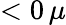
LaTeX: <0\, \mu